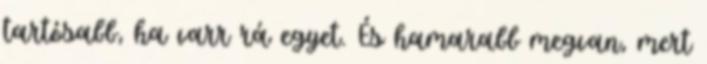
tartósabb, ha varr rá egyet. És hamarabb megvan, mert